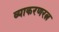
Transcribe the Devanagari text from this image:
व्याकरणरत्न